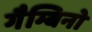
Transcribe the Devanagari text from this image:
गैम्बिनो